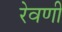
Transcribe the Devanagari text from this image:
रेवणी